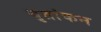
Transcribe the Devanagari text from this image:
वृतांकन